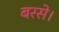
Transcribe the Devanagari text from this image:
बरसे।